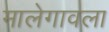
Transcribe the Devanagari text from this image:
मालेगावला